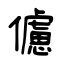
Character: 儢